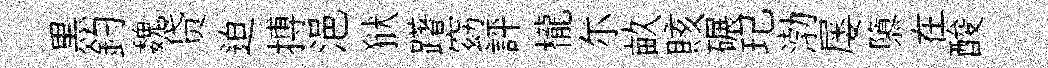
黒釣魏贷迫搏浥狱躇窈評櫳尓畝賅碾玘渤屡隳在酸